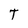
Character: T